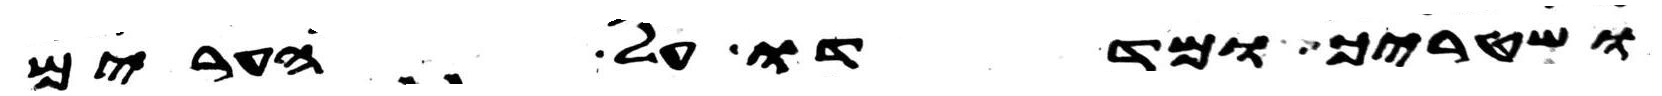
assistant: ושטריך ומדדו על הערים